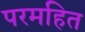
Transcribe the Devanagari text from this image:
परमहित